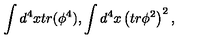
\int d ^ { 4 } x t r ( \phi ^ { 4 } ) , \int d ^ { 4 } x \left( t r \phi ^ { 2 } \right) ^ { 2 } ,